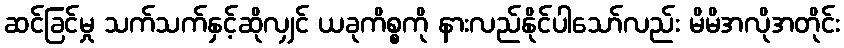
ဆင်ခြင်မှု သက်သက်နှင့်ဆိုလျှင် ယခုကိစ္စကို နားလည်နိုင်ပါသော်လည်း မိမိအလိုအတိုင်း